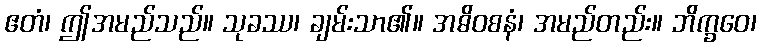
ဧတံ၊ ဤအမည်သည်။ သုခဿ၊ ချမ်းသာ၏။ အဓိဝစနံ၊ အမည်တည်း။ ဘိက္ခဝေ၊